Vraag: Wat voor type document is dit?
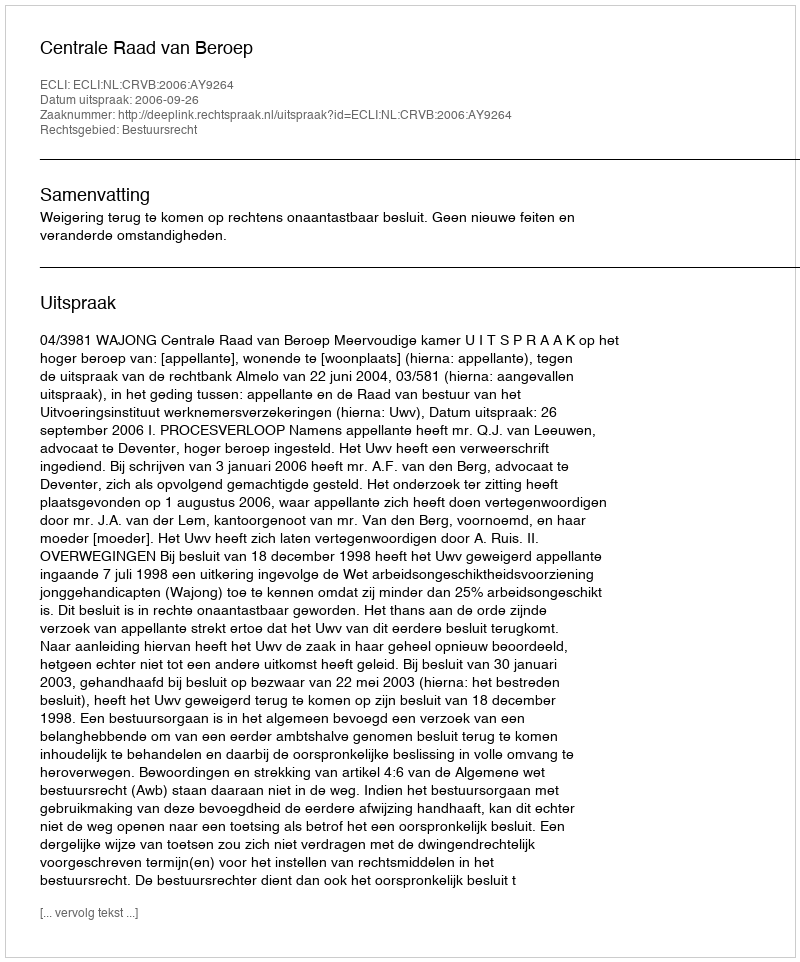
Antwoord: Uitspraak